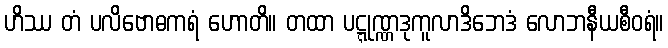
ဟိဿ တံ ပလိဗောဓကရံ ဟောတိ။ တထာ ပဋ္ဋုဏ္ဏဒုကူလာဒိဘေဒံ လောဘနီယစီဝရံ။